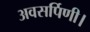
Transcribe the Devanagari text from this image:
अवसर्पिणी।